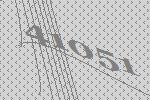
41051